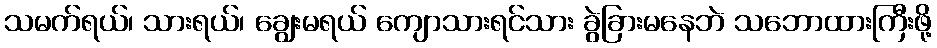
သမက်ရယ်၊ သားရယ်၊ ချွေးမရယ် ကျောသားရင်သား ခွဲခြားမနေဘဲ သဘောထားကြီးဖို့